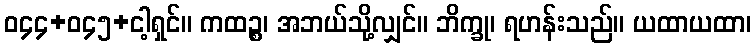
ဝ၄၄+ဝ၄၅+ငါ့ရှင်။ ကထဉ္စ၊ အဘယ်သို့လျှင်။ ဘိက္ခု၊ ရဟန်းသည်။ ယထာယထာ၊